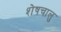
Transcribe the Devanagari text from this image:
शेषचालु